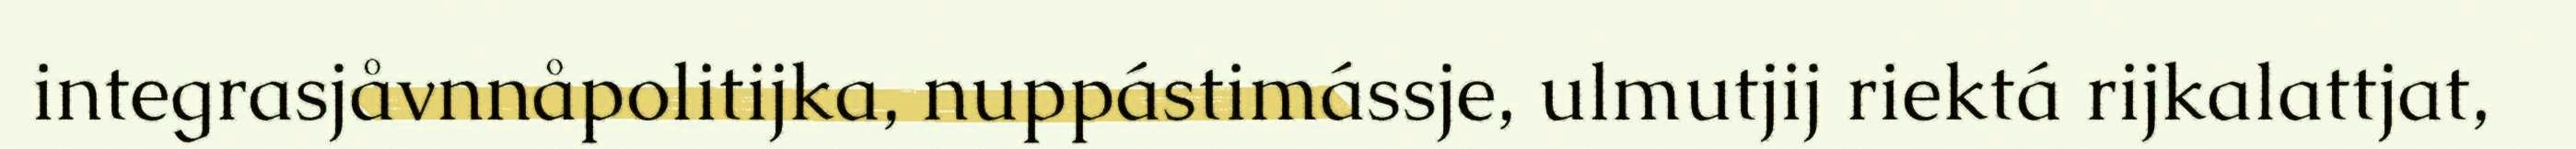
integrasjåvnnåpolitijka, nuppástimássje, ulmutjij riektá rijkalattjat,